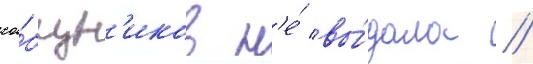
соо́бщн'иков н'е́ вы́дала //